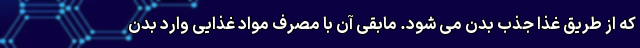
که از طریق غذا جذب بدن می شود. مابقی آن با مصرف مواد غذایی وارد بدن